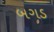
બગડ